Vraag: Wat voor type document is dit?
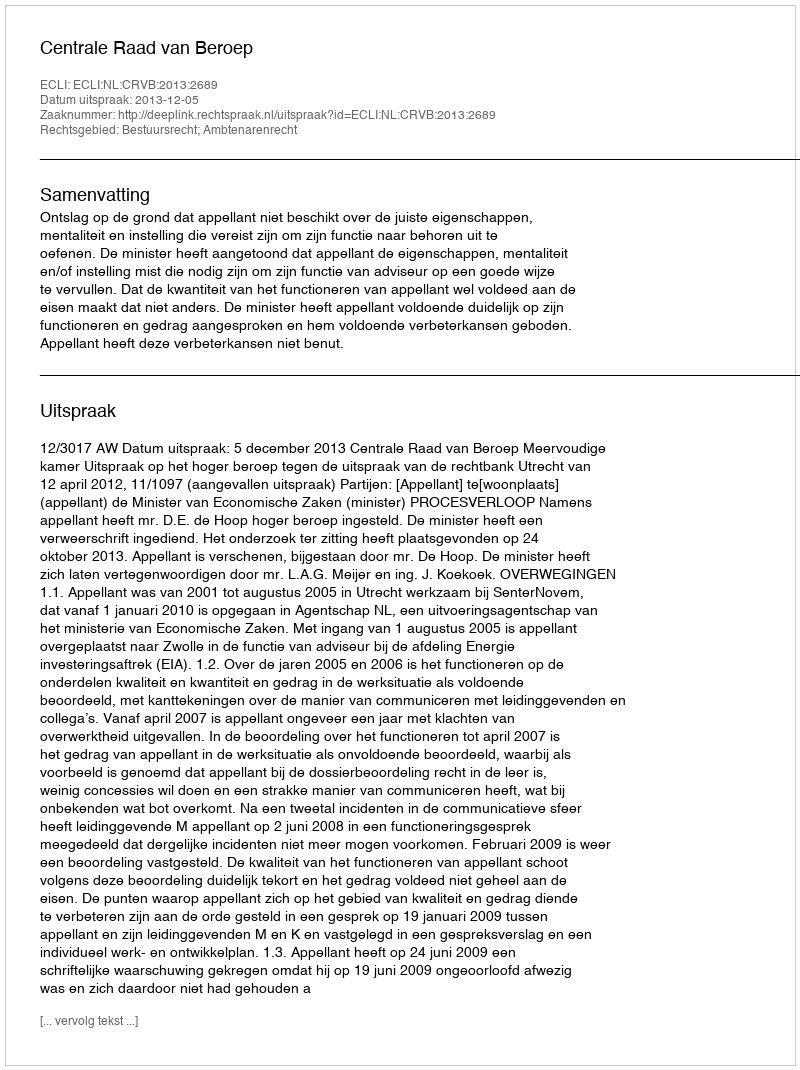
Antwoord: Uitspraak